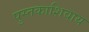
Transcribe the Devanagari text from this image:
पुस्तकाशिवाय